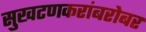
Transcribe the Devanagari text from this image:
सुखटणकरांबरोबर